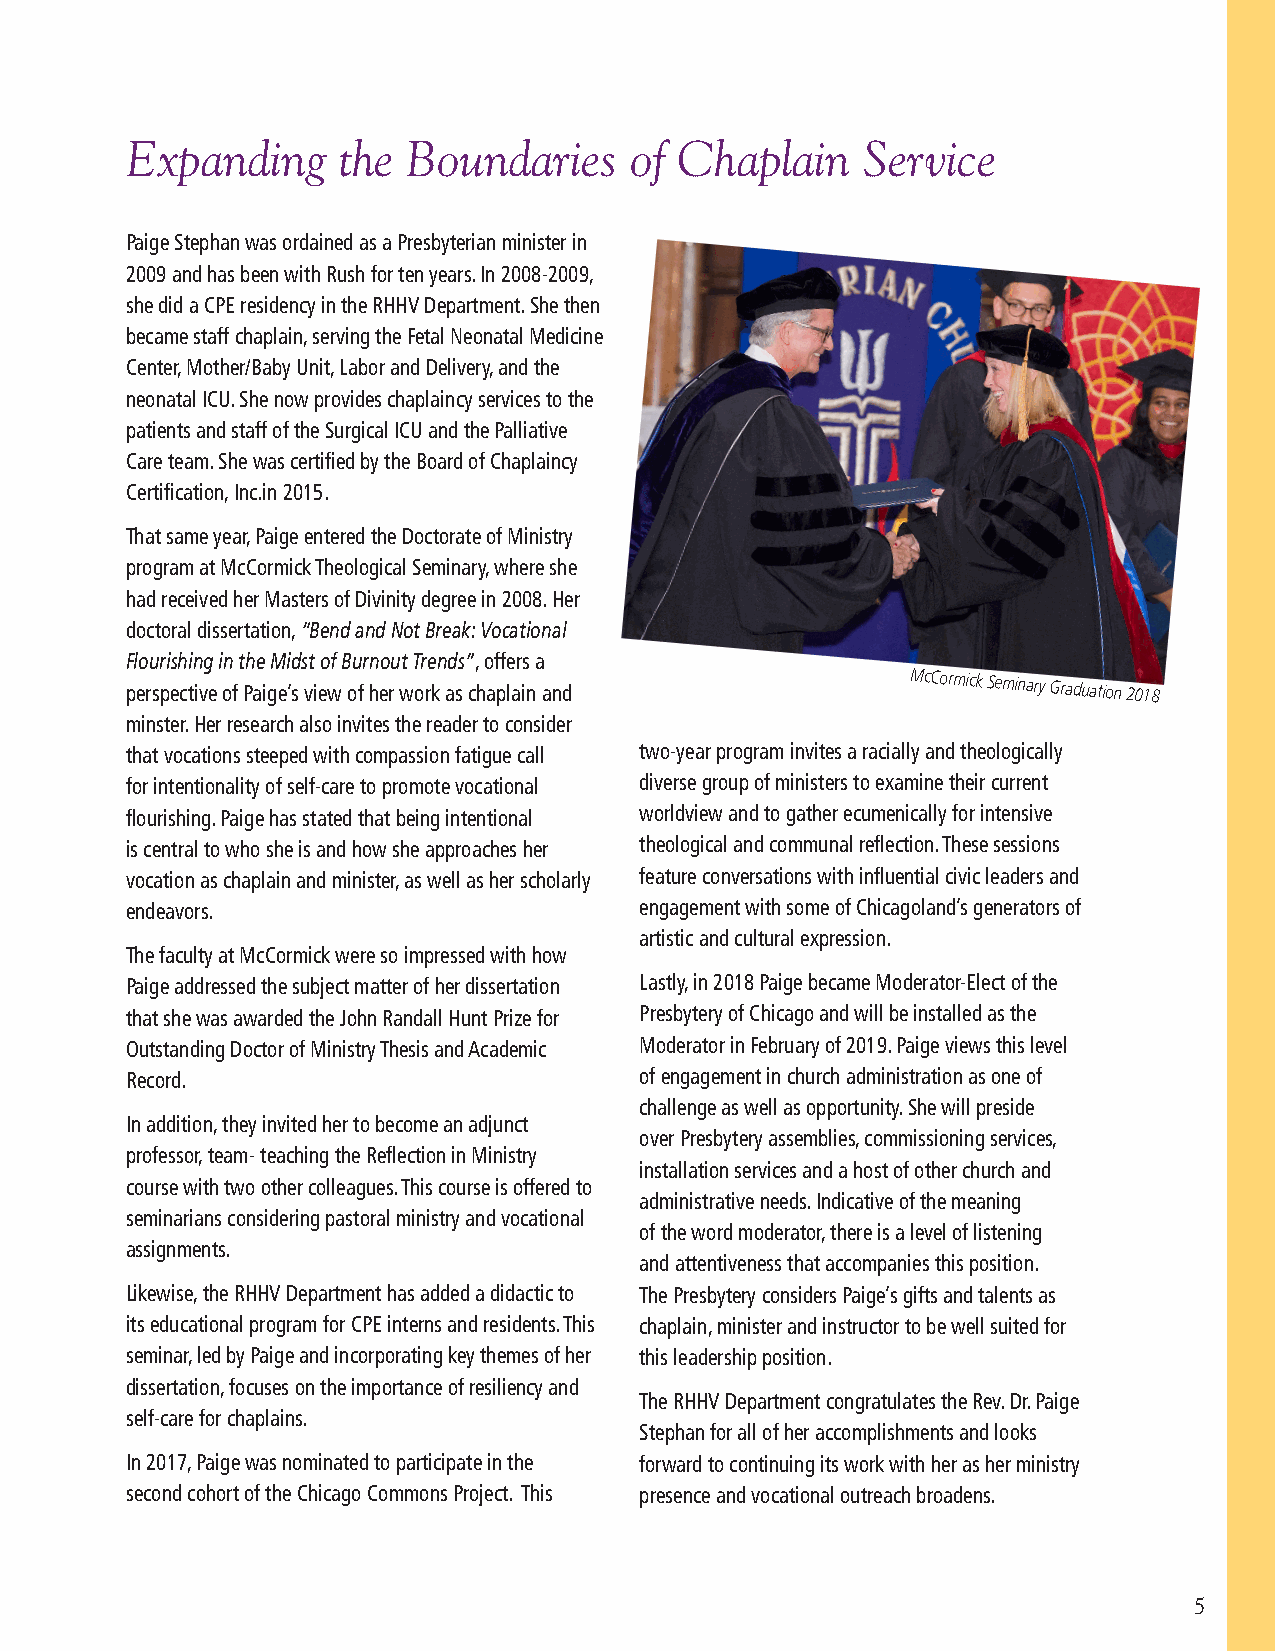
Expanding     the  Boundaries     of Chaplain    Service
 Paige Stephan was ordained as a Presbyterian minister in
 2009 and has been with Rush for ten years. In 2008-2009,
 she did a CPE residency in the RHHV Department. She then
 became staff chaplain, serving the Fetal Neonatal Medicine
 Center, Mother/Baby Unit, Labor and Delivery, and the
 neonatal ICU. She now provides chaplaincy services to the
 patients and staff of the Surgical ICU and the Palliative
 Care team. She was certified by the Board of Chaplaincy
 Certification, Inc.in 2015.
 That same year, Paige entered the Doctorate of Ministry
 program at McCormick Theological Seminary, where she
 had received her Masters of Divinity degree in 2008. Her
 doctoral dissertation, “Bend and Not Break: Vocational
 Flourishing in the Midst of Burnout Trends”, offers a
 perspective of Paige’s view of her work as chaplain and McCormick Seminary Graduation 2018
 minster. Her research also invites the reader to consider
 that vocations steeped with compassion fatigue call two-year program invites a racially and theologically
 for intentionality of self-care to promote vocational diverse group of ministers to examine their current
 flourishing. Paige has stated that being intentional worldview and to gather ecumenically for intensive
 is central to who she is and how she approaches her theological and communal reflection. These sessions
 vocation as chaplain and minister, as well as her scholarly feature conversations with influential civic leaders and
 endeavors.                        engagement with some of Chicagoland’s generators of
 artistic and cultural expression.
 The faculty at McCormick were so impressed with how
 Paige addressed the subject matter of her dissertation Lastly, in 2018 Paige became Moderator-Elect of the
 that she was awarded the John Randall Hunt Prize for Presbytery of Chicago and will be installed as the
 Outstanding Doctor of Ministry Thesis and Academic Moderator in February of 2019. Paige views this level
 Record.                           of engagement in church administration as one of
 challenge as well as opportunity. She will preside
 In addition, they invited her to become an adjunct
 over Presbytery assemblies, commissioning services,
 professor, team- teaching the Reflection in Ministry
 installation services and a host of other church and
 course with two other colleagues. This course is offered to
 administrative needs. Indicative of the meaning
 seminarians considering pastoral ministry and vocational
 of the word moderator, there is a level of listening
 assignments.
 and attentiveness that accompanies this position.
 Likewise, the RHHV Department has added a didactic to The Presbytery considers Paige’s gifts and talents as
 its educational program for CPE interns and residents. This chaplain, minister and instructor to be well suited for
 seminar, led by Paige and incorporating key themes of her this leadership position.
 dissertation, focuses on the importance of resiliency and
 The RHHV Department congratulates the Rev. Dr. Paige
 self-care for chaplains.
 Stephan for all of her accomplishments and looks
 In 2017, Paige was nominated to participate in the forward to continuing its work with her as her ministry
 second cohort of the Chicago Commons Project. This presence and vocational outreach broadens.
 5